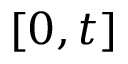
[ 0 , t ]